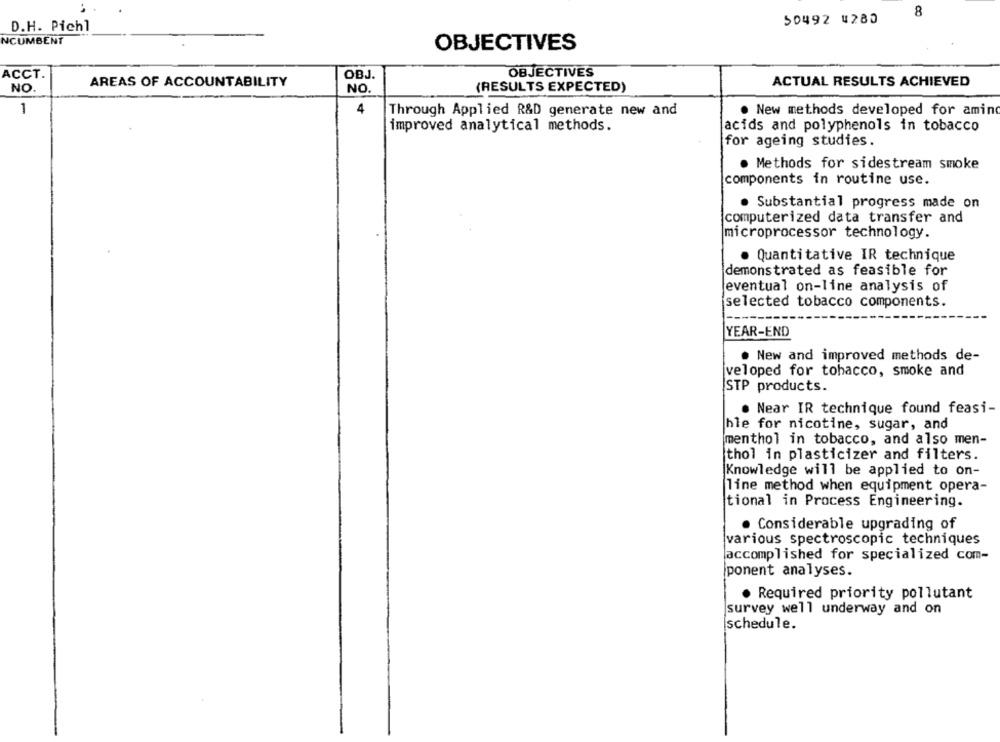
8
50492 4280
D.H. Pichl
NCUMBENT
OBJECTIVES
ACCT.
OBJ
OBJECTIVES
NO.
AREAS OF ACCOUNTABILITY
NO.
(RESULTS EXPECTED)
ACTUAL RESULTS ACHIEVED
1
4
Through Applied R&D generate new and
. New methods developed for amind
improved analytical methods.
acids and polyphenols in tobacco
for ageing studies.
. Methods for sidestream smoke
components in routine use.
. Substantial progress made on
computerized data transfer and
microprocessor technology.
Quantitative IR technique
demonstrated as feasible for
eventual on-line analysis of
selected tobacco components.
YEAR-END
. New and improved methods de-
veloped for tobacco, smoke and
STP products.
Near IR technique found feasi-
hle for nicotine, sugar, and
menthol in tobacco, and also men-
thol in plasticizer and filters.
Knowledge will be applied to on-
line method when equipment opera-
tional in Process Engineering.
. Considerable upgrading of
various spectroscopic techniques
accomplished for specialized com-
ponent analyses.
· Required priority pollutant
survey well underway and on
schedule.